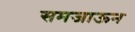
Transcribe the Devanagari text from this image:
समजाऊन